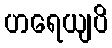
ဟရေယျပိ